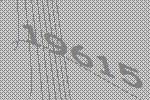
19615